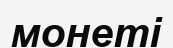
монеті